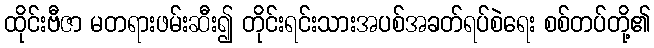
ထိုင်းဗီဇာ မတရားဖမ်းဆီး၍ တိုင်းရင်းသားအပစ်အခတ်ရပ်စဲရေး စစ်တပ်တို့၏